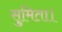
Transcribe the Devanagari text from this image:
सुमिता।